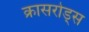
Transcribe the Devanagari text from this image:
क्रासरोड्स